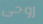
روحى